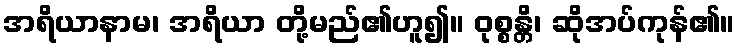
အရိယာနာမ၊ အရိယာ တို့မည်၏ဟူ၍။ ဝုစ္စန္တိ၊ ဆိုအပ်ကုန်၏။